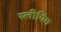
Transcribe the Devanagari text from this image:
स्‍लीपिंग